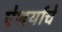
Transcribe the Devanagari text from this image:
ऐश्वर्याचे